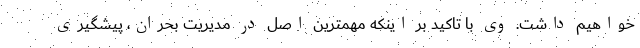
خواهیم داشت. وی با تاکید بر اینکه مهمترین اصل در مدیریت بحران، پیشگیری